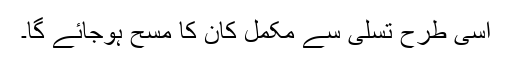
اسی طرح تسلی سے مکمل کان کا مسح ہوجائے گا۔